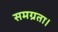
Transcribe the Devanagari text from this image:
समग्रता।